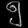
Digit: ၅